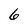
Character: 6